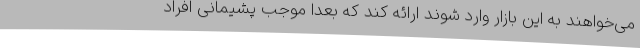
می‌خواهند به این بازار وارد شوند ارائه کند که بعدا موجب پشیمانی افراد